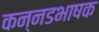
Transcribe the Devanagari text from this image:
कन्नडभाषक